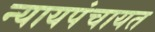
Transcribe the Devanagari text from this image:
न्यायपंचायत